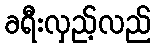
ခရီးလှည့်လည်